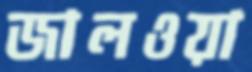
জালওয়া